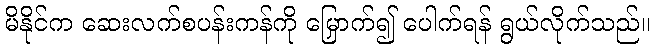
မိနိုင်က ဆေးလက်စပန်းကန်ကို မြှောက်၍ ပေါက်ရန် ရွယ်လိုက်သည်။